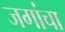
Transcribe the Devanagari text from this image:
जगांचा